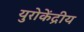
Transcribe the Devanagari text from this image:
युरोकेंद्रीय